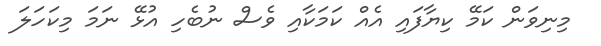
މިނިވަން ކަމޭ ކިޔާފައި އެއް ކަމަކާއި ވެސް ނުބެހި އުޅޭ ނަމަ މިކަހަލަ